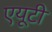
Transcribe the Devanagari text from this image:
एयूटी